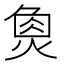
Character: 𤋳